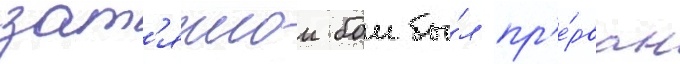
зат'яжнои бои бы́л пр'е́рван